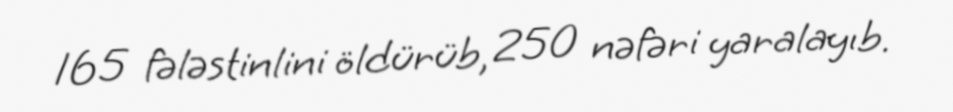
165 fələstinlini öldürüb, 250 nəfəri yaralayıb.